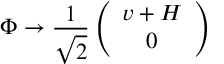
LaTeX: \Phi \to \frac { 1 } { \sqrt { 2 } } \left( \begin{array} { c } { { v + H } } \\ { { 0 } } \end{array} \right)